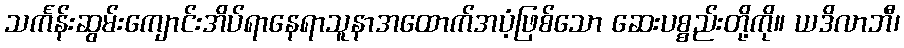
သင်္ကန်းဆွမ်းကျောင်းအိပ်ရာနေရာသူနာအထောက်အပံ့ဖြစ်သော ဆေးပစ္စည်းတို့ကို။ ယဒိလာဘီ၊